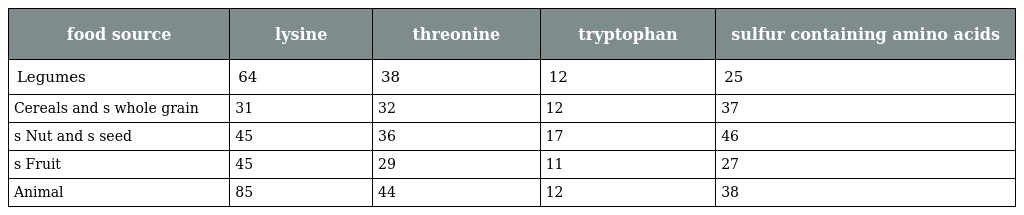
| food source | lysine | threonine | tryptophan | sulfur containing amino acids |
 | --- | --- | --- | --- | --- |
 | Legumes | 64 | 38 | 12 | 25 |
 | Cereals and s whole grain | 31 | 32 | 12 | 37 |
 | s Nut and s seed | 45 | 36 | 17 | 46 |
 | s Fruit | 45 | 29 | 11 | 27 |
 | Animal | 85 | 44 | 12 | 38 |